Plague in India, 1896, 1897 - Volume 3
Year: 1896
Disease focus: Plague
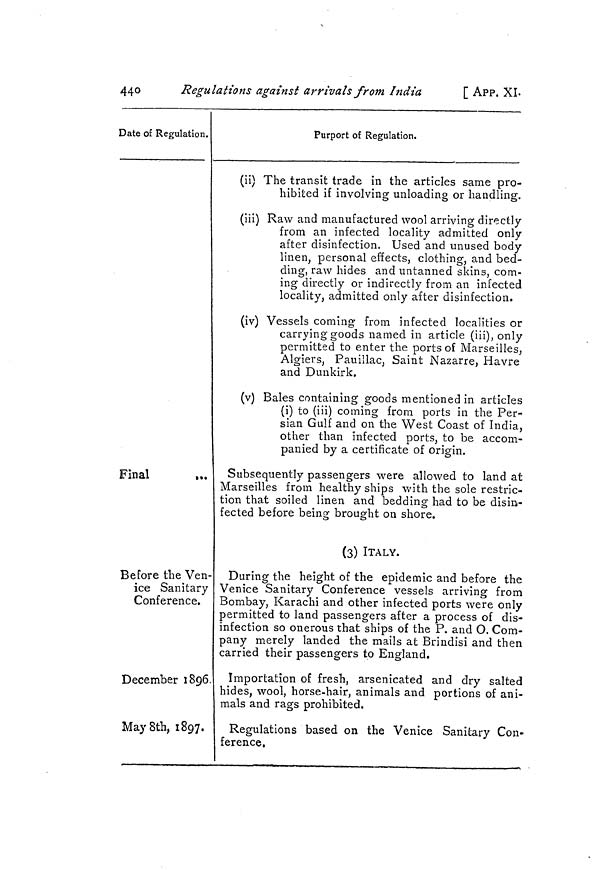
440
Regulations against arrivals from India
[ APP. XL
Date of Regulation.
Final
t..
Before the Ven
ice Sanitary
Conference.
December 189M
ay 8th, 1897.
Purport of Regulation.
(ii) The transit trade in the articles same pro-
hibited if involving unloading or handling.
(iii) Raw and manufactured wool arriving directly
from an infected locality admitted only
after disinfection. Used and unused body
linen, personal effects, clothing, and bed-
ding, raw hides and untanned skins, com-
ing directly or indirectly from an infected
locality, admitted only after disinfection.
(iv) Vessels coming 1 from infected localities or
carrying goods named in article (iii), only
permitted to enter the ports of Marseilles,
Algiers, Pauillac, Saint Nazarre, Havre
and Dunkirk,
(v) Bales containing goods mentioned in articles
(i) to (iii) coming from ports in the Per-
sian Gulf and on the West Coast of India,
other than infected ports, to be accom-
panied by a certificate of origin.
Subsequently passengers were allowed to land at
Marseilles from healthy ships with the sole restric-
tion that soiled linen and bedding had to be disin-
fected before being brought on shore.
(3) ITALY.
During the height of the epidemic and before the
Venice Sanitary Conference vessels arriving from
Bombay, Karachi and other infected ports were only
permitted to land passengers after a process of dis-
infection so onerous that ships of the P. and O. Com-
pany merely landed the mails at Brindisi and then
carried their passengers to England.
Importation of fresh, arsenicated and dry salted
hides, wool, horse-hair, animals and portions of ani-
mals and rags prohibited.
Regulations based on the Venice Sanitary Con-
ference.